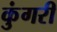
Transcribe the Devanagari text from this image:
कुंगरी